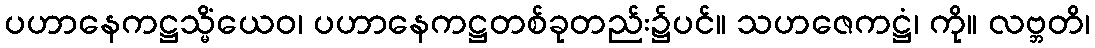
ပဟာနေကဋ္ဌသ္မိံယေဝ၊ ပဟာနေကဋ္ဌတစ်ခုတည်း၌ပင်။ သဟဇေကဋ္ဌံ၊ ကို။ လဗ္ဘတိ၊